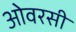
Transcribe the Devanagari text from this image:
ओवरसी